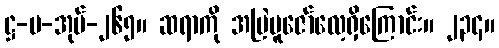
ဋ္ဌ-ပ-အုပ်-၂၆၅။ ဆရာကို အမြဲပူဇော်လေ့ရှိကြောင်း။ ၂၃၄။